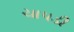
ચાપડી